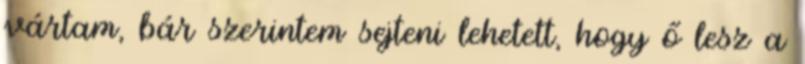
vártam, bár szerintem sejteni lehetett, hogy ő lesz a